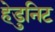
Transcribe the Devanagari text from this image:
हेडुनिट